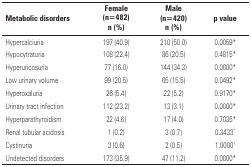
| Metabolic disorders | Female(n=482)n (%) | Male(n=420)n (%) | p value |
 | --- | --- | --- | --- |
 | Hypercalciuria | 197 (40.9) | 210 (50.0) | 0.0059 * |
 | Hypocytraturia | 108 (22.4) | 86 (20.5) | 0.4815 * |
 | Hyperuricosuria | 77 (16.0) | 144 (34.3) | 0.0000 * |
 | Low urinary volume | 99 (20.5) | 65 (15.5) | 0.0492 * |
 | Hyperoxaluria | 26 (5.4) | 22 (5.2) | 0.9170 * |
 | Urinary tract infection | 112 (23.2) | 13 (3.1) | 0.0000 * |
 | Hyperparathyroidism | 22 (4.6) | 17 (4.0) | 0.7035 * |
 | Renal tubular acidosis | 1 (0.2) | 3 (0.7) | 0.3433 † |
 | Cystinuria | 3 (0.6) | 2 (0.5) | 1.0000 † |
 | Undetected disorders | 173 (35.9) | 47 (11.2) | 0.0000 * |